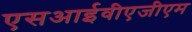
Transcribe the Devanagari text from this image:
एसआईवीएजीएम